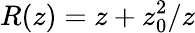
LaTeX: R(z)=z+z_{0}^{2}/z